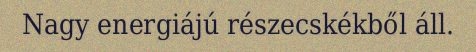
Nagy energiájú részecskékből áll.